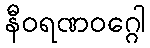
နီဝရဏဝဂ္ဂေါ